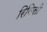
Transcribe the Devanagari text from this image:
रिबिसी